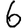
Digit: 6